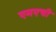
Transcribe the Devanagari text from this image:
एमएची